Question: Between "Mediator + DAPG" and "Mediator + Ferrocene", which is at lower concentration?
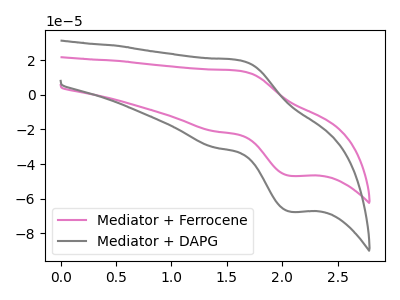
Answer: <think>The pink curve "Mediator + Ferrocene" has an anodic peak at (1.60V, 13.80uA) and a cathodic peak at (2.10V, -46.80uA). The gray curve "Mediator + DAPG" has an anodic peak at (1.60V, 19.90uA) and a cathodic peak at (2.10V, -67.45uA).
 All the peaks in "Mediator + DAPG" have a peak in "Mediator + Ferrocene" at the same potential. Every peak in "Mediator + DAPG" is higher than every peak in "Mediator + Ferrocene".</think>
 <answer>"Mediator + DAPG" has more signal than "Mediator + Ferrocene" and so likely has a higher concentration.</answer>
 <eval>more_concentration</eval>